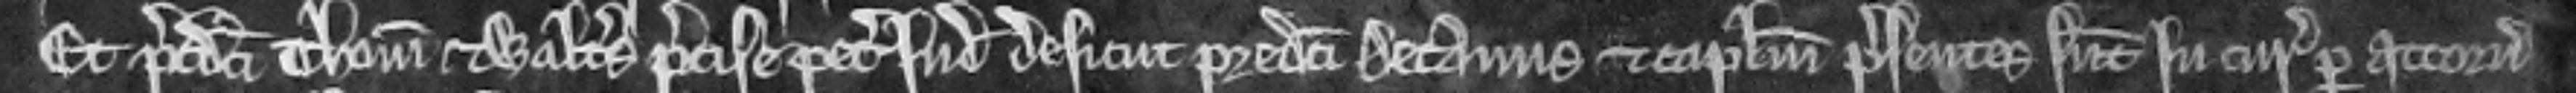
Et predicti Thomas et Walterus precise petunt judicium desicut predicti Decanus et capitulum presentes sunt in curia per attornatum